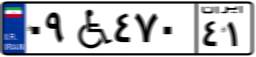
۰۹W۴۷۰۴۱